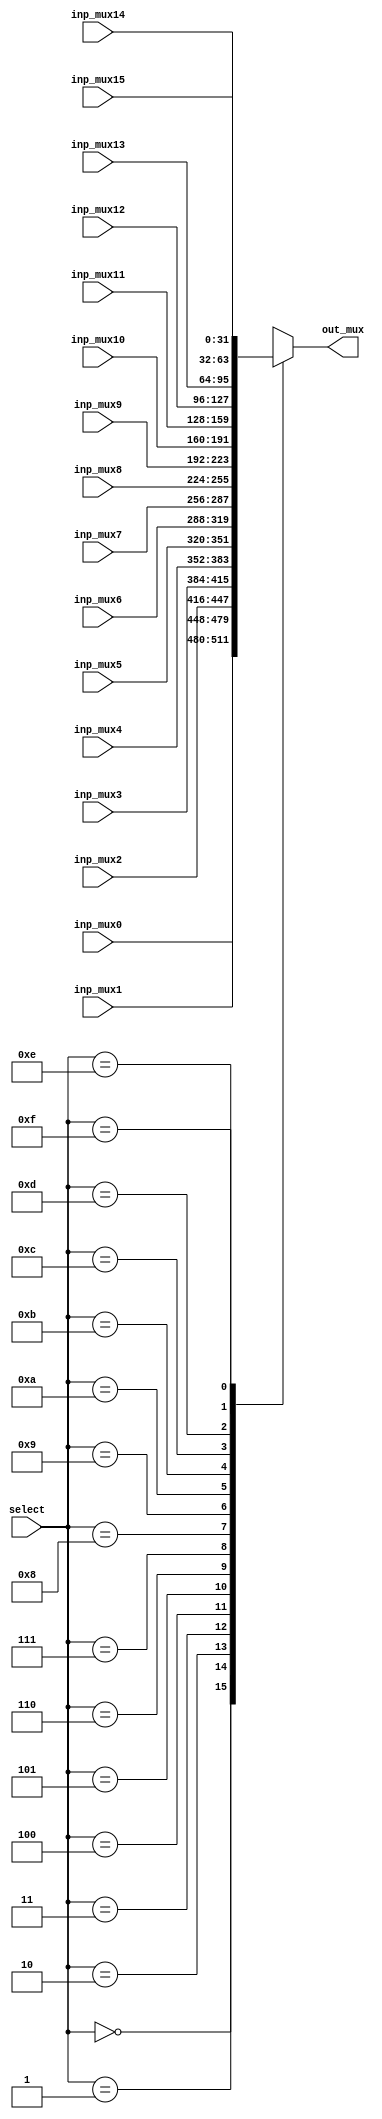
module multiplexer16to1 #(parameter W = 32)
	(
	 input [W-1:0] inp_mux0, 
	 input [W-1:0] inp_mux1, 
	 input [W-1:0] inp_mux2, 
	 input [W-1:0] inp_mux3, 
	 input [W-1:0] inp_mux4, 
	 input [W-1:0] inp_mux5, 
	 input [W-1:0] inp_mux6, 
	 input [W-1:0] inp_mux7, 
	 input [W-1:0] inp_mux8, 
	 input [W-1:0] inp_mux9, 
	 input [W-1:0] inp_mux10, 
	 input [W-1:0] inp_mux11, 
	 input [W-1:0] inp_mux12, 
	 input [W-1:0] inp_mux13,
	 input [W-1:0] inp_mux14,
	 input [W-1:0] inp_mux15,  			
	 input [3:0] select, 
	 output reg [W-1:0] out_mux
	);
														 
	always @(*)
	begin
		case (select)
			4'd0: out_mux = inp_mux0;
			4'd1: out_mux = inp_mux1;
			4'd2: out_mux = inp_mux2;
			4'd3: out_mux = inp_mux3;
			4'd4: out_mux = inp_mux4;
			4'd5: out_mux = inp_mux5;
			4'd6: out_mux = inp_mux6;
			4'd7: out_mux = inp_mux7;
			4'd8: out_mux = inp_mux8;
			4'd9: out_mux = inp_mux9;
			4'd10: out_mux = inp_mux10;
			4'd11: out_mux = inp_mux11;
			4'd12: out_mux = inp_mux12;
			4'd13: out_mux = inp_mux13;
			4'd14: out_mux = inp_mux14; 
			4'd15: out_mux = inp_mux15;
			default: out_mux = 0;
		endcase
	end
	
endmodule